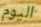
اليوم